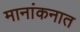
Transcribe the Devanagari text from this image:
मानांकनात